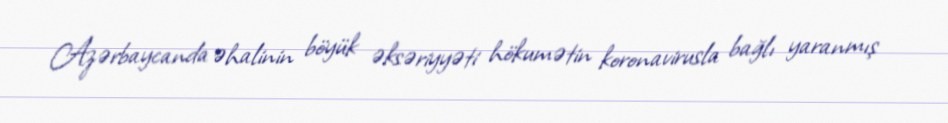
Azərbaycanda əhalinin böyük əksəriyyəti hökumətin koronavirusla bağlı yaranmış